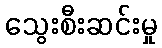
သွေးစီးဆင်းမှု